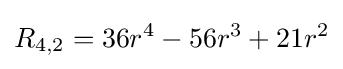
R_{4,2}=36r^{4}-56r^{3}+21r^{2}